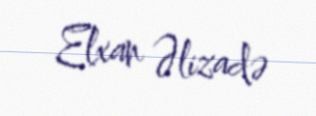
Elxan Əlizadə